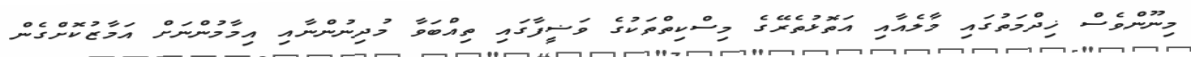
މިނޫންވެސް ޚިދްމަތުގައި މާލެއާއި އަތޮޅުތެރޭގެ މިސްކިތްތަކުގެ ވަޟީފާގައި ތިއްބަވާ މުދިނުންނާއި އިމާމުންނަށް އަމާޒުކޮށްގެން